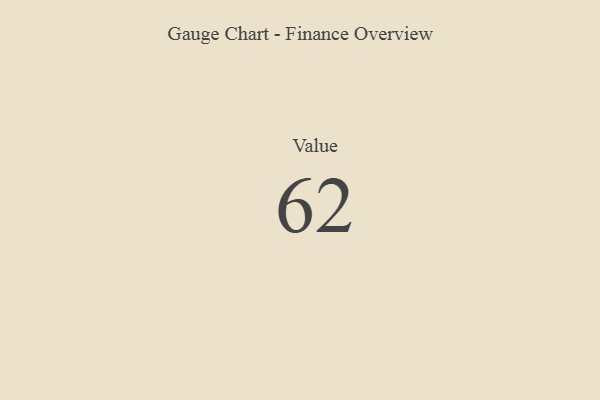
{"axis": {"x": "Metric", "y": "Value"}, "legend": [""], "data": [{"x": "Value", "y": 62, "type": ""}]}